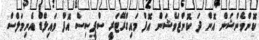
ކޮންވެންޝަން އޮން ދަ ކޮންޒަވޭޝަން އޮފް މައިގްރޭޓަރީ ސްޕީސިސް އޮފް ވައިލްޑް އެނިމަލްސް